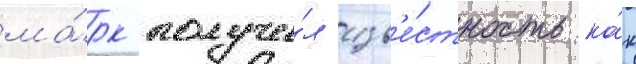
ма́рк получи́л изв'е́стность ка́к